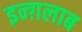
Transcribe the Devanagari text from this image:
इन्ग़लाब